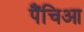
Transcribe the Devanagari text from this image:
पैंचिआ